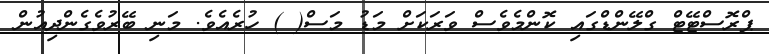
ޕްރޮސްޓޭޓް ގްލޭންޑްގައި ކޮންމެވެސް ވަރަކަށް މަޑު މަސް( ) ހުރެެއެވެ. މަނި ބޭރުވެގެންދިއުން